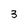
Character: 3